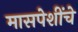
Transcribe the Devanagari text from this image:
मासपेशींचे